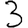
Digit: 3